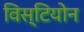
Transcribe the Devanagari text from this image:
विस्टियोन